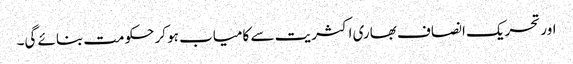
اور تحریک انصاف بھاری اکثریت سے کامیاب ہو کر حکومت بنائے گی۔